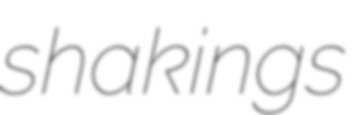
shakings